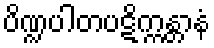
ပိဏ္ဍပါတပဋိက္ကန္တာနံ